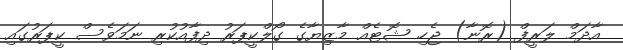
އާދަމް ލަރީފް (ރޮނާ) ޖެހި ޝޮޓެއް މާޒިޔާގެ ގޯލްކީޕަރު ދިފާއުކުރި ނަމަވެސް ކީޕަރުގައި